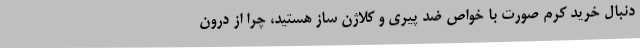
دنبال خرید کرم صورت با خواص ضد پیری و کلاژن ساز هستید، چرا از درون